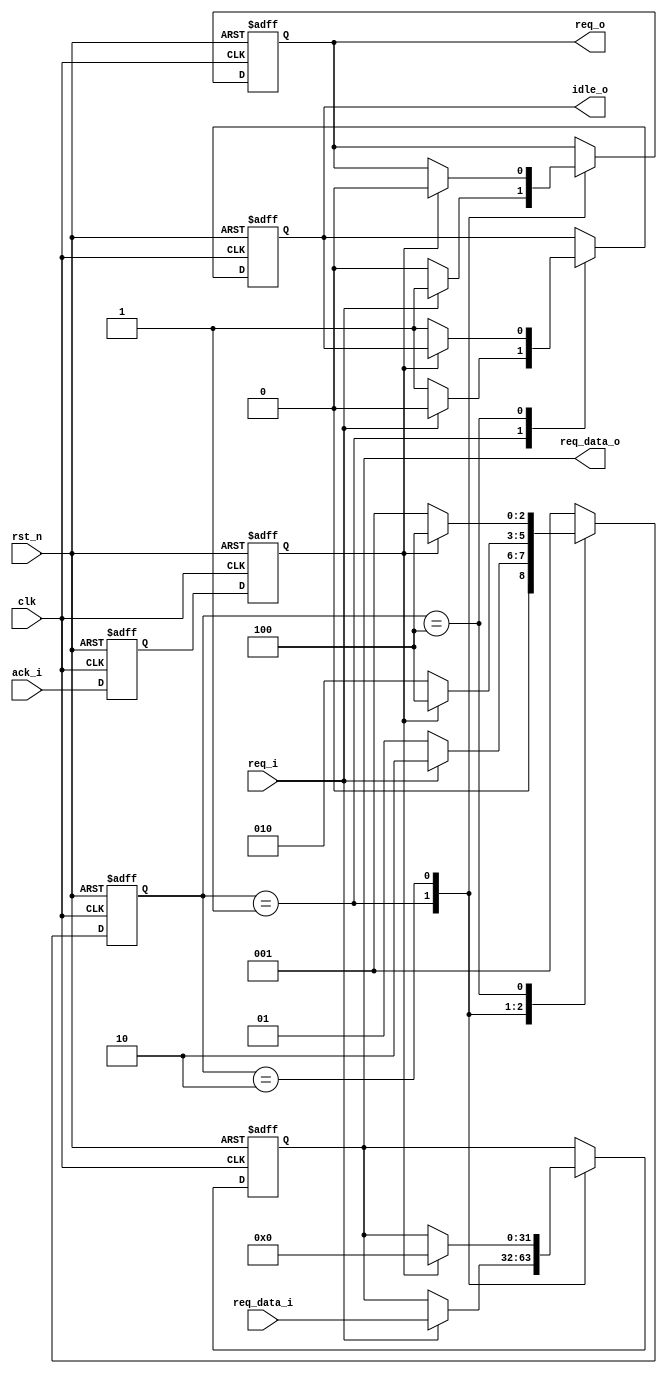
module full_handshake_tx #(
   parameter DW = 32)(             // TXҪݵλ

   input wire clk,                 // TXʱź
   input wire rst_n,               // TX˸λź

   // from rx
   input wire ack_i,               // RXӦź

   // from tx
   input wire req_i,               // TXźţֻһʱ
   input wire[DW-1:0] req_data_i,  // TXҪ͵ݣֻһʱ

   // to tx
   output wire idle_o,             // TXǷźţвܷ

   // to rx
   output wire req_o,              // TXź
   output wire[DW-1:0] req_data_o  // TXҪ͵

   );

   localparam STATE_IDLE     = 3'b001;
   localparam STATE_ASSERT   = 3'b010;
   localparam STATE_DEASSERT = 3'b100;

   reg[2:0] state;
   reg[2:0] state_next;

   always @ (posedge clk or negedge rst_n) begin
       if (!rst_n) begin
           state <= STATE_IDLE;
       end else begin
           state <= state_next;
       end
   end

   always @ (*) begin
       case (state)
           STATE_IDLE: begin
               if (req_i == 1'b1) begin
                   state_next = STATE_ASSERT;
               end else begin
                   state_next = STATE_IDLE;
               end
           end
           // ȴack=1
           STATE_ASSERT: begin
               if (!ack) begin
                   state_next = STATE_ASSERT;
               end else begin
                   state_next = STATE_DEASSERT;
               end
           end
           // ȴack=0
           STATE_DEASSERT: begin
               if (!ack) begin
                   state_next = STATE_IDLE;
               end else begin
                   state_next = STATE_DEASSERT;
               end
           end
           default: begin
               state_next = STATE_IDLE;
           end
       endcase
   end

   reg ack_d;
   reg ack;

   // ӦźŴĽͬ
   always @ (posedge clk or negedge rst_n) begin
       if (!rst_n) begin
           ack_d <= 1'b0;
           ack <= 1'b0;
       end else begin
           ack_d <= ack_i;
           ack <= ack_d;
       end
   end

   reg req;
   reg[DW-1:0] req_data;
   reg idle;

   always @ (posedge clk or negedge rst_n) begin
       if (!rst_n) begin
           idle <= 1'b1;
           req <= 1'b0;
           req_data <= {(DW){1'b0}};
       end else begin
           case (state)
               // TXݣյack֮ǰһֱЧ
               STATE_IDLE: begin
                   if (req_i == 1'b1) begin
                       idle <= 1'b0;
                       req <= req_i;
                       req_data <= req_data_i;
                   end else begin
                       idle <= 1'b1;
                       req <= 1'b0;
                   end
               end
               // յRXack֮TX
               STATE_ASSERT: begin
                   if (ack == 1'b1) begin
                       req <= 1'b0;
                       req_data <= {(DW){1'b0}};
                   end
               end
               STATE_DEASSERT: begin
                   if (!ack) begin
                       idle <= 1'b1;
                   end
               end
           endcase
       end
   end

   assign idle_o = idle;
   assign req_o = req;
   assign req_data_o = req_data;

endmodule